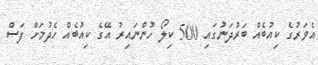
އެވަރުގެ ކިއުބެއް ބަރުދަނުގައި 500 ކިލޯ ހުންނައިރު އޭގެ ކިއުބެއް ހެދުމަށް ފަސް